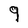
Character: 9